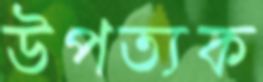
উপত্যক